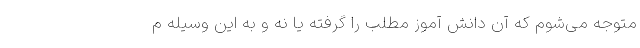
متوجه می‌شوم که آن دانش آموز مطلب را گرفته یا نه و به این وسیله م